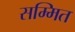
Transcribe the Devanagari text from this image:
सम्मित